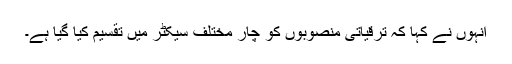
انہوں نے کہا کہ ترقیاتی منصوبوں کو چار مختلف سیکٹر میں تقسیم کیا گیا ہے۔